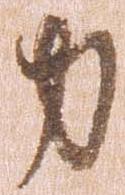
力